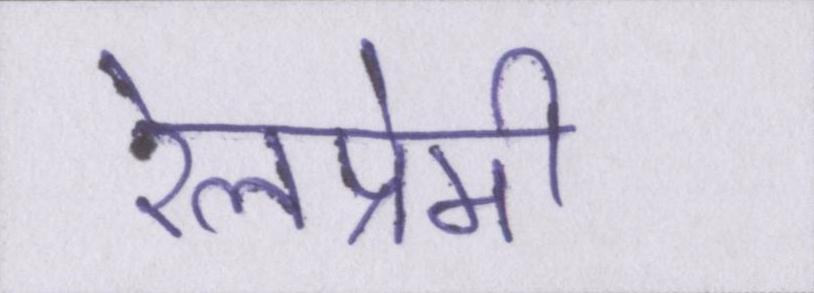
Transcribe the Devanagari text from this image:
रेलप्रेमी